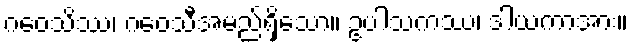
ဂဝေသိဿ၊ ဂဝေသီအမည်ရှိသော။ ဥပါသကဿ၊ ဒါယကာအား။